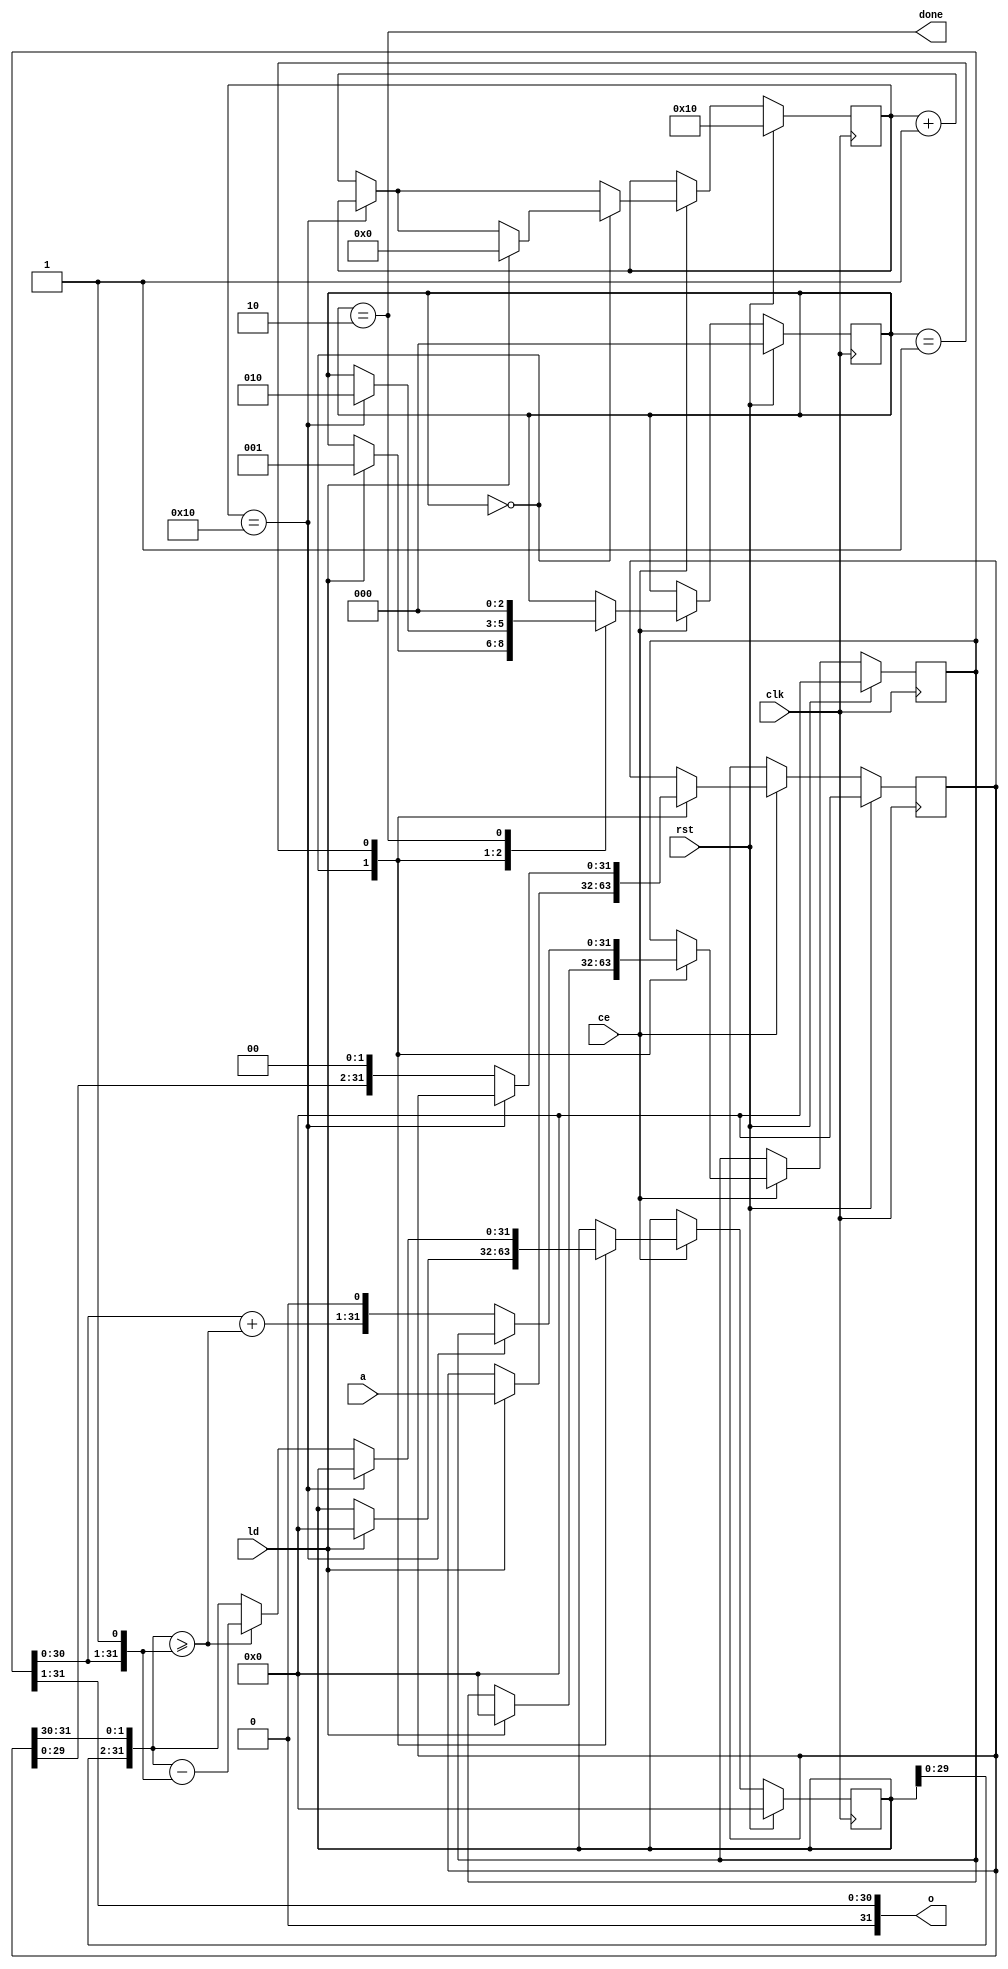
// ============================================================================
//  isqrt.v
//  - take the integer square root
//
//
//	2010,2011  Robert Finch
//	robfinch>remove<@sympatico.ca
//
//
//  This source code is available for evaluation and validation purposes
//  only. This copyright statement and disclaimer must remain present in
//  the file.
//
//
//	NO WARRANTY.
//  THIS Work, IS PROVIDEDED "AS IS" WITH NO WARRANTIES OF ANY KIND, WHETHER
//  EXPRESS OR IMPLIED. The user must assume the entire risk of using the
//  Work.
//
//  IN NO EVENT SHALL THE AUTHOR OR CONTRIBUTORS BE LIABLE FOR ANY
//  INCIDENTAL, CONSEQUENTIAL, OR PUNITIVE DAMAGES WHATSOEVER RELATING TO
//  THE USE OF THIS WORK, OR YOUR RELATIONSHIP WITH THE AUTHOR.
//
//  IN ADDITION, IN NO EVENT DOES THE AUTHOR AUTHORIZE YOU TO USE THE WORK
//  IN APPLICATIONS OR SYSTEMS WHERE THE WORK'S FAILURE TO PERFORM CAN
//  REASONABLY BE EXPECTED TO RESULT IN A SIGNIFICANT PHYSICAL INJURY, OR IN
//  LOSS OF LIFE. ANY SUCH USE BY YOU IS ENTIRELY AT YOUR OWN RISK, AND YOU
//  AGREE TO HOLD THE AUTHOR AND CONTRIBUTORS HARMLESS FROM ANY CLAIMS OR
//  LOSSES RELATING TO SUCH UNAUTHORIZED USE.
//
//
//	Verilog 1995
//	Webpack 13.i  xc3s1200e-4fg320
//	94 slices / 172 LUTs / 141.906 MHz
//  101 ff's
//
// ============================================================================

module isqrt(rst, clk, ce, ld, a, o, done);
parameter WID = 32;
localparam MSB = WID-1;
parameter IDLE=3'd0;
parameter CALC=3'd1;
parameter DONE=3'd2;
input rst;
input clk;
input ce;
input ld;
input [MSB:0] a;
output [MSB:0] o;
output done;

reg [2:0] state;
reg [MSB:0] root;
wire [MSB:0] testDiv;
reg [MSB:0] remLo;
reg [MSB:0] remHi;

wire cnt_done;
assign testDiv = {root,1'b1};
wire [MSB:0] remHiShift = {remHi[MSB-2:0],remLo[MSB:MSB-1]};
wire doesGoInto = remHiShift >= testDiv;
assign o = root[MSB:1];

// Iteration counter
reg [7:0] cnt;

always @(posedge clk)
if (rst) begin
	cnt <= WID>>1;
	remLo <= {WID{1'b0}};
	remHi <= {WID{1'b0}};
	root <= {WID{1'b0}};
	state <= IDLE;
end
else if (ce) begin
	if (!cnt_done)
		cnt <= cnt + 8'd1;
case(state)
IDLE:
	if (ld) begin
		cnt <= 8'd0;
		state <= CALC;
		remLo <= a;
		remHi <= {WID{1'b0}};
		root <= {WID{1'b0}};
	end
CALC:
	if (!cnt_done) begin
		// Shift the remainder low
		remLo <= {remLo[MSB-2:0],2'd0};
		// Shift the remainder high
		remHi <= doesGoInto ? remHiShift - testDiv: remHiShift;
		// Shift the root
		root <= {root+doesGoInto,1'b0};	// root * 2 + 1/0
	end
	else
		state <= DONE;
DONE:
	begin
		state <= IDLE;
	end
endcase
end
assign cnt_done = (cnt==WID>>1);
assign done = state==DONE;

endmodule


module isqrt_tb();

reg clk;
reg rst;
reg [31:0] a;
wire [31:0] o;
reg ld;
wire done;
reg [7:0] state;

initial begin
	clk = 1;
	rst = 0;
	#100 rst = 1;
	#100 rst = 0;
end

always #10 clk = ~clk;	//  50 MHz

always @(posedge clk)
if (rst) begin
	state <= 8'd0;
	a <= 32'h123456;
end
else
begin
ld <= 1'b0;
case(state)
8'd0:
	begin	
		a <= 32'd1;
		ld <= 1'b1;
		state <= 8'd1;
	end
8'd1:
	if (done) begin
		$display("i=%h o=%h", a, o);
	end
endcase
end

isqrt #(32) u1 (.rst(rst), .clk(clk), .ce(1'b1), .ld(ld), .a(a), .o(o), .done(done));

endmodule